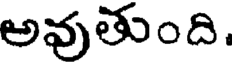
అవుతుంది.